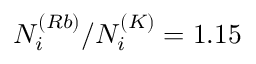
N _ { i } ^ { ( R b ) } / N _ { i } ^ { ( K ) } = 1 . 1 5